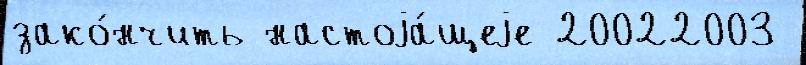
зако́нчить настоjа́щеjе 20022003